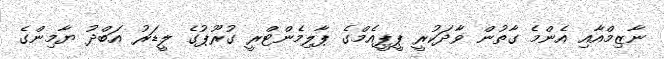
ނާޒިމްއާއި އެންމެ ގާތުން ވާދަކުރީ ޕީޕީއެމްގެ ޕާލިމެންޓްރީ ގުރޫޕުގެ ލީޑަރު އަބްދު ޔާމިންގެ